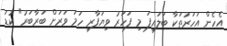
އެހެން އަހަރުތަކާ ބަލައިފަ މި ފަހަރު ވިޔަފާރި ހަމަ ވަރަށް ބަރާބަރު" ކުޑަ